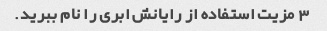
3 مزیت استفاده از رایانش ابری را نام ببرید.